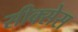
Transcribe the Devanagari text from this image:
सीक्सेस